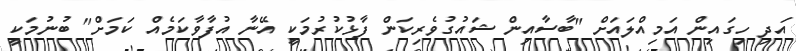
އަދި ހިގައިން އަމިއްލައަށް "ބާސާއިން ޝައުގުވެރިކަން ފާޅުކުރުމަކީ އޭނާ އުފާވާކަމެއް ކަމަށް" ބުނުމަކީ